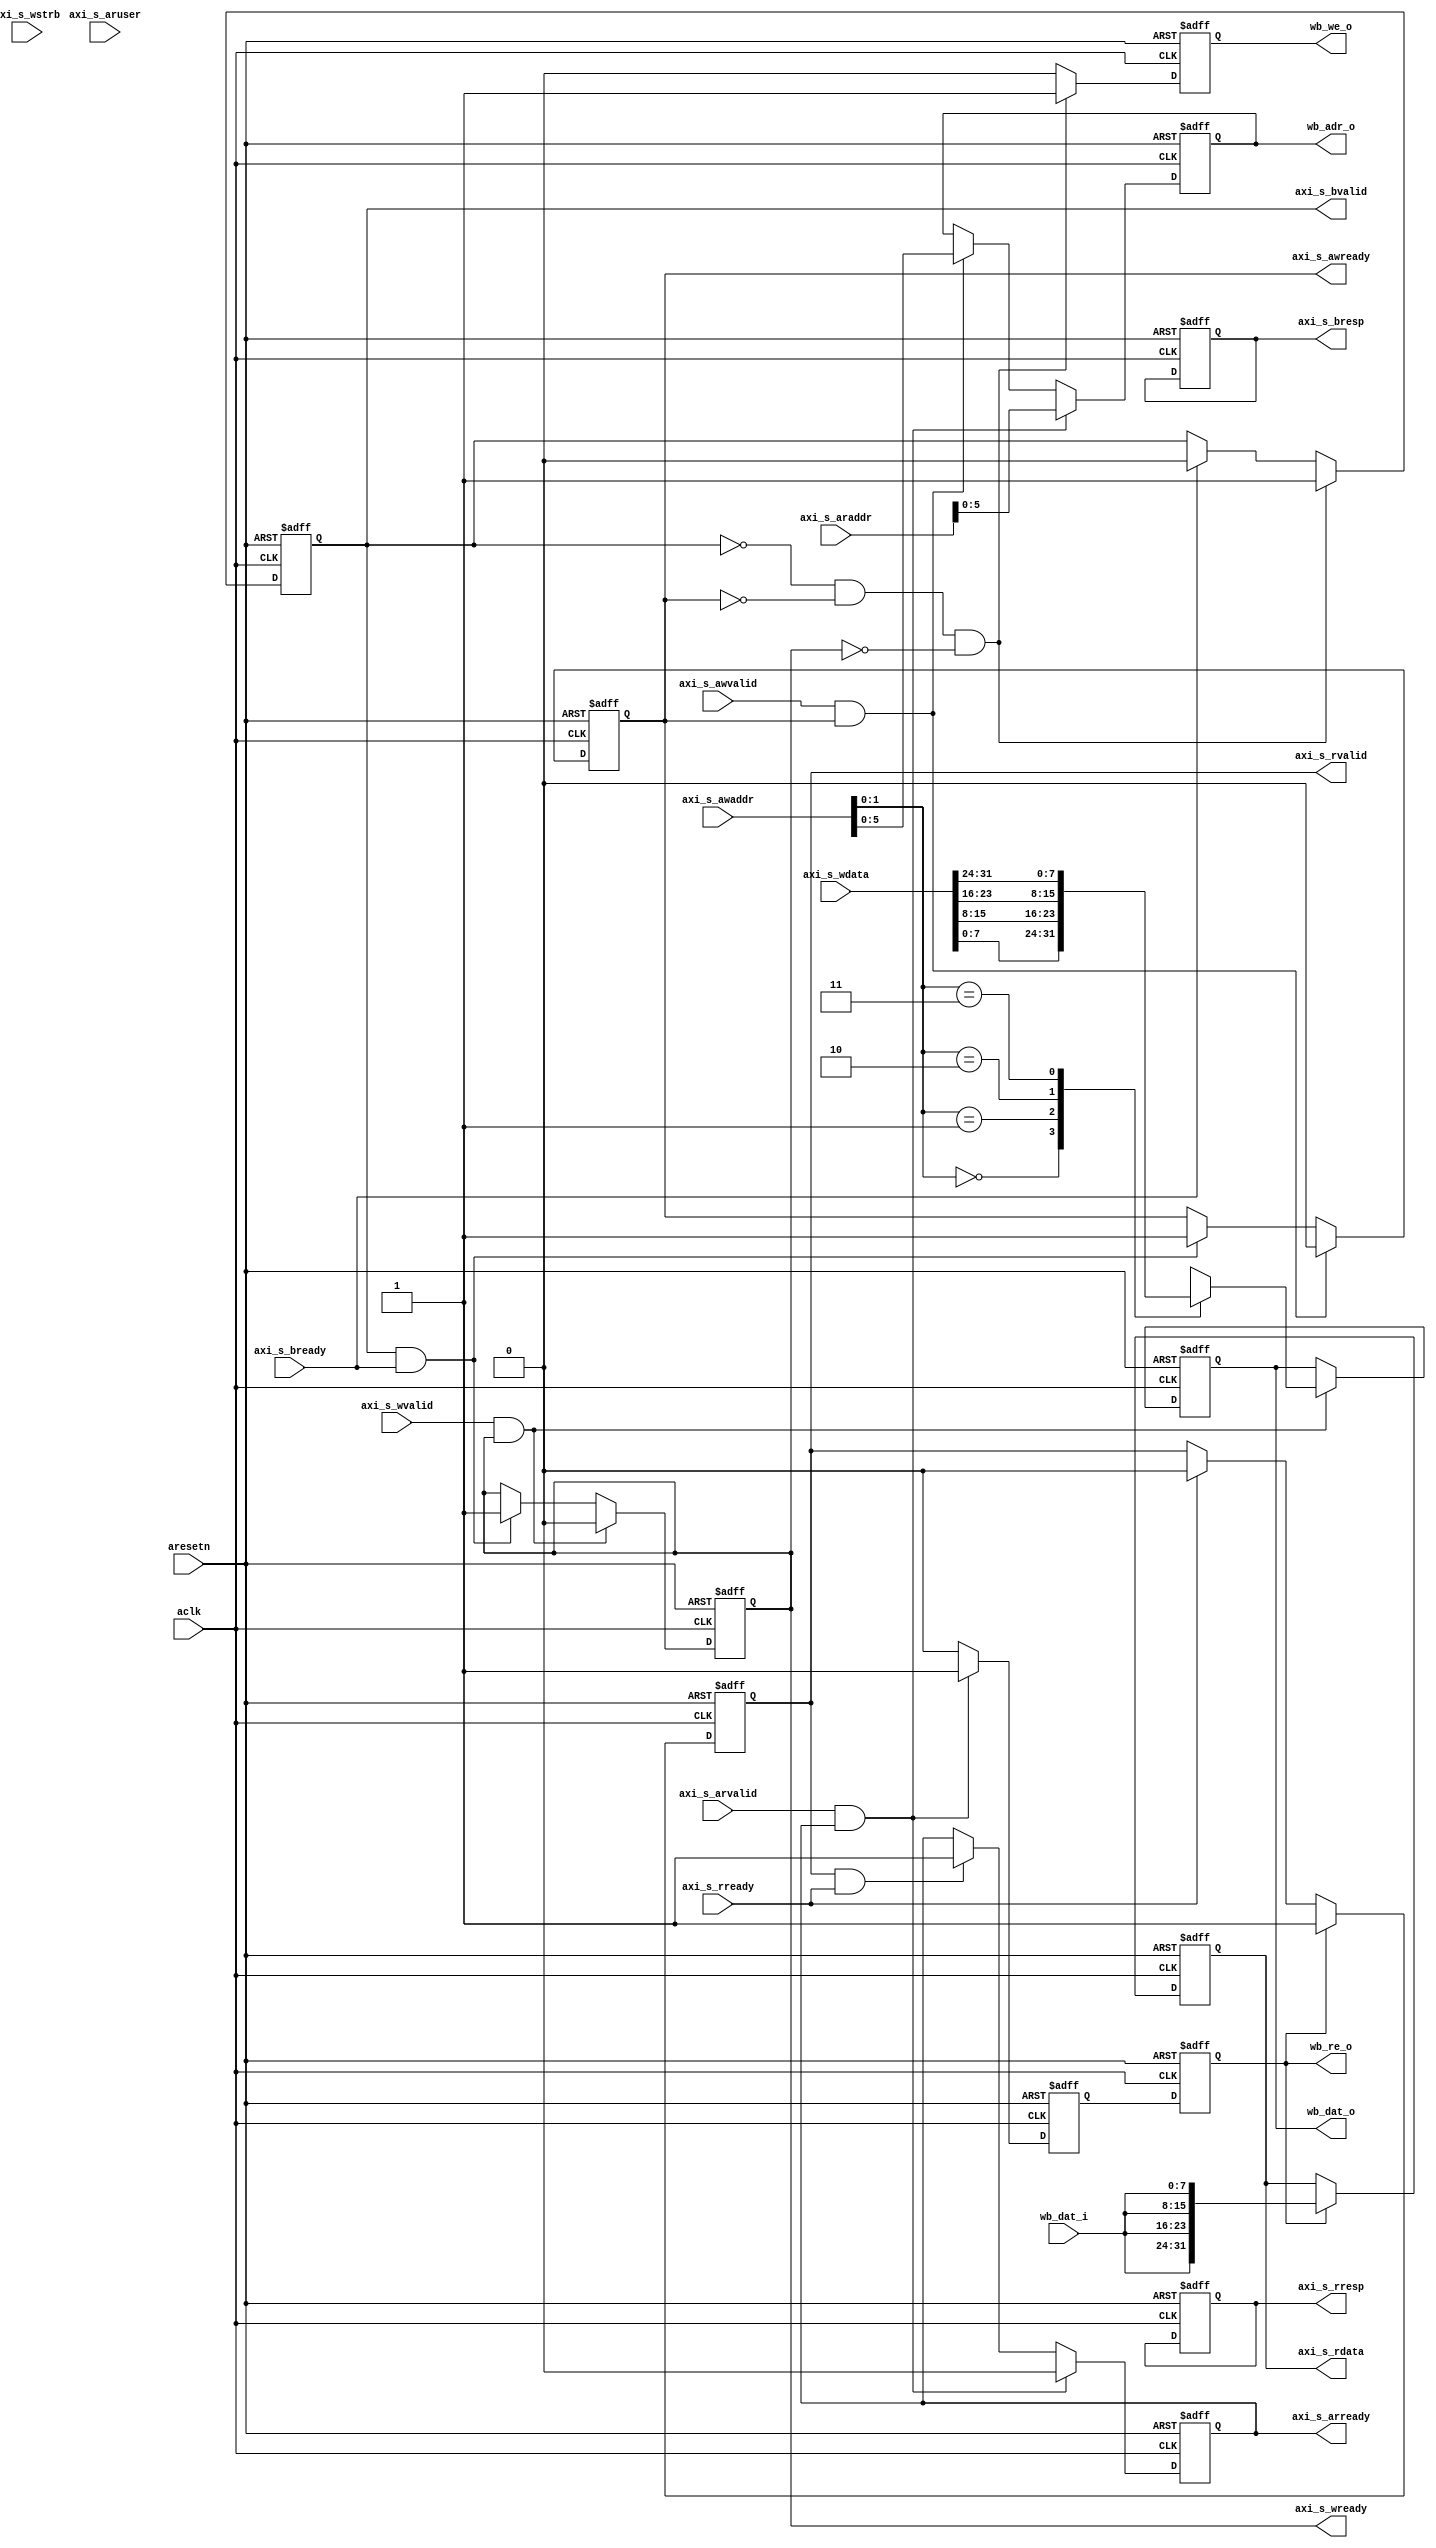
module uart_axi (
	input	aclk,
	input	aresetn,

	input [31:0] axi_s_awaddr,
	input axi_s_awvalid,
	output	axi_s_awready,

	input [31:0] axi_s_wdata,
	input [3:0] axi_s_wstrb,
	input axi_s_wvalid,
	output	axi_s_wready,

	output	[1:0] axi_s_bresp,
	output	axi_s_bvalid,
	input axi_s_bready,

	input [31:0] axi_s_araddr,
	input [3:0] axi_s_aruser,
	input axi_s_arvalid,
	output	axi_s_arready,

	output	[31:0] axi_s_rdata,
	output	[1:0] axi_s_rresp,
	output	axi_s_rvalid,
	input axi_s_rready,

	output [5:0] wb_adr_o,
	output [7:0] wb_dat_o,
	input [7:0] wb_dat_i,	
	output wb_we_o,
	output wb_re_o
);

reg awready_r;
reg wready_r;
reg [1:0] bresp_r;
reg bvalid_r;
reg arready_r;
reg rvalid_r;
reg [1:0] rresp_r;
reg [31:0] rdata_r;
reg [5:0] wb_adr_r;
reg [7:0] wb_dat_r;
reg wb_we_r;
reg read_enable;
reg wb_re_r;

assign axi_s_awready = awready_r;
assign axi_s_wready = wready_r;
assign axi_s_bresp = bresp_r;
assign axi_s_bvalid = bvalid_r;
assign axi_s_arready = arready_r;
assign axi_s_rdata = rdata_r;
assign axi_s_rresp = rresp_r;
assign axi_s_rvalid = rvalid_r;
assign wb_adr_o = wb_adr_r;
assign wb_dat_o = wb_dat_r;
assign wb_we_o = wb_we_r;
assign wb_re_o = wb_re_r;

// Write Address Ack
always @(posedge aclk,negedge aresetn)
begin
	if(!aresetn) begin
		awready_r <= 1'b1;
	end
	else if(axi_s_awvalid && axi_s_awready) begin
		awready_r <= 1'b0;
	end
	else if(axi_s_bvalid && axi_s_bready) begin
		awready_r <= 1'b1;
	end
end

// Write Data Ack
always @(posedge aclk, negedge aresetn)
begin
	if(!aresetn) begin
		wready_r <= 1'b1;
	end
	else if(axi_s_wvalid && axi_s_wready) begin
		wready_r <= 1'b0;
	end
	else if(axi_s_bvalid && axi_s_bready) begin
		wready_r <= 1'b1;
	end
end

// Write Response
always @(posedge aclk,negedge aresetn)
begin
	if(!aresetn) begin
		bvalid_r <= 1'b0;
		bresp_r <= 2'b0;
	end
	else if(!bvalid_r && !awready_r && !wready_r) begin
		bvalid_r <= 1'b1;
	end
	else if(axi_s_bready) begin
		bvalid_r <= 1'b0;
	end
end

// Read Address Ack
always @(posedge aclk, negedge aresetn)
begin
	if(!aresetn) begin
		arready_r <= 1'b1;
	end
	else if(axi_s_arvalid && axi_s_arready) begin
		arready_r <= 1'b0;
	end
	else if(axi_s_rvalid && axi_s_rready) begin
		arready_r <= 1'b1;
	end
end

// Read Response
always @(posedge aclk, negedge aresetn) 
begin
	if(!aresetn) begin
		rvalid_r <= 1'b0;
		rresp_r <= 2'b0;
		rdata_r <= 'bx;
	end
	else if(wb_re_r) begin
		rdata_r <= {4{wb_dat_i}};
		rvalid_r <= 1'b1;
	end
	else if(axi_s_rready) begin
		rvalid_r <= 1'b0;
	end
end

always @(posedge aclk, negedge aresetn)
begin
	if(!aresetn) begin
		wb_adr_r <= 'bx;
	end
	else if(axi_s_arvalid && axi_s_arready) begin
		wb_adr_r <= axi_s_araddr;
	end
	else if(axi_s_awvalid && axi_s_awready) begin
		wb_adr_r <= axi_s_awaddr;
	end
end

always @(posedge aclk, negedge aresetn)
begin
	if(!aresetn) begin
		wb_dat_r <= 'bx;
	end
	else if(axi_s_wvalid && axi_s_wready) begin
		case(axi_s_awaddr[1:0])
			2'b00: wb_dat_r <= axi_s_wdata[7:0];
			2'b01: wb_dat_r <= axi_s_wdata[15:8];
			2'b10: wb_dat_r <= axi_s_wdata[23:16];
			2'b11: wb_dat_r <= axi_s_wdata[31:24];
		endcase
	end
end

always @(posedge aclk, negedge aresetn)
begin
	if(!aresetn) begin
		wb_we_r <= 1'b0;
	end
	else if(!bvalid_r && !awready_r && !wready_r) begin
		wb_we_r <= 1'b1;
	end
	else begin
		wb_we_r <= 1'b0;
	end
end

always @(posedge aclk, negedge aresetn)
begin
	if(!aresetn) begin
		read_enable <= 1'b0;
	end
	else if(axi_s_arvalid && axi_s_arready) begin
		read_enable <= 1'b1;
	end	
	else begin
		read_enable <= 1'b0;
	end
end

always @(posedge aclk, negedge aresetn)
begin
	if(!aresetn) begin
		wb_re_r <= 1'b0;
	end
	else begin
		wb_re_r <= read_enable;
	end
end


endmodule